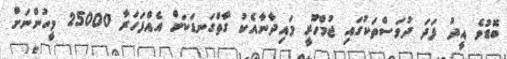
ބޮޑުވެ އީދު ފަދަ ދުވަސްތަކުގައި ޖުމްހޫރީ މައިދާނާއެކު ގާތްގަނޑަކަށް އެއްފަހަރާ 25000 މީހުންނަށް